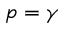
p = \gamma